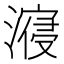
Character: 𣽧